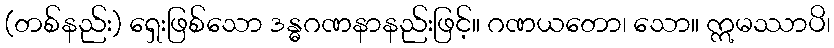
(တစ်နည်း) ရှေးဖြစ်သော ဒန္ဓဂဏနာနည်းဖြင့်။ ဂဏယတော၊ သော။ ဣမဿာပိ၊